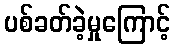
ပစ်ခတ်ခဲ့မှုကြောင့်